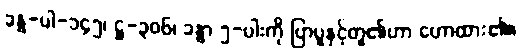
ခန္ဓ-ပါ-၁၄၅၊ ဋ္ဌ-၃၀၆၊ ခန္ဓာ ၅-ပါးကို ပြာပူနှင့်တူ၏ဟာ ဟောထား၏။